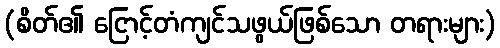
(စိတ်၏ ငြောင့်တံကျင်သဖွယ်ဖြစ်သော တရားများ)